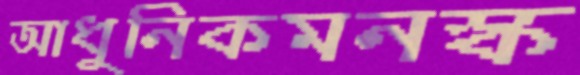
আধুনিকমনস্ক